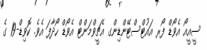
ސީއީއޯ އެވޯޑް ފޯރ އައުޓްސްޓޭންޑިންގ އެޗީވްމަންޓް އެވޯޑް ހޯދާފަ އެވެ. ކޮވިޑް-19 ގެ